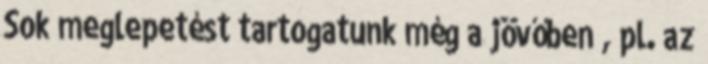
Sok meglepetést tartogatunk még a jövőben , pl. az